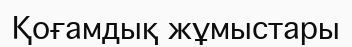
Қоғамдық жұмыстары